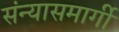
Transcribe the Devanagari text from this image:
संन्यासमार्गी